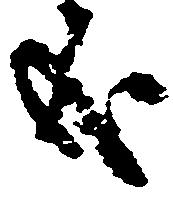
哉